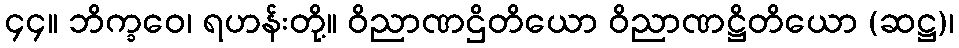
၄၄။ ဘိက္ခဝေ၊ ရဟန်းတို့။ ဝိညာဏဌိတိယော ဝိညာဏဋ္ဌိတိယော (ဆဋ္ဌ)၊